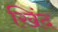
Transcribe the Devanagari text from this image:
खिंद